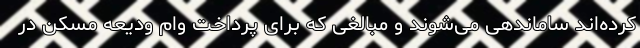
کرده‌اند ساماندهی می‌شوند و مبالغی که برای پرداخت وام ودیعه مسکن در